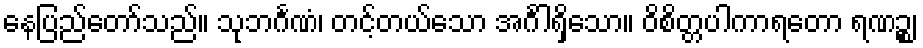
နေပြည်တော်သည်။ သုဘင်္ဂဏံ၊ တင့်တယ်သော အင်္ဂါရှိသော။ ဝိစိတ္တပါကာရတော ရဏဉ္စ၊